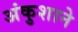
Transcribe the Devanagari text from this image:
अंकुशाने